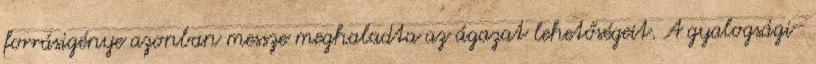
forrásigénye azonban messze meghaladta az ágazat lehetőségeit. A gyalogsági-